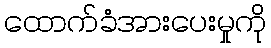
ထောက်ခံအားပေးမှုကို